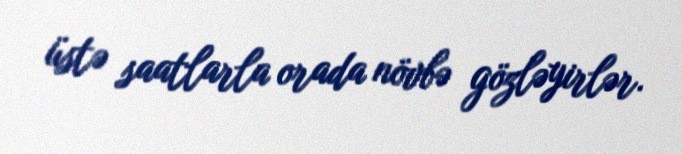
üstə saatlarla orada növbə gözləyirlər.